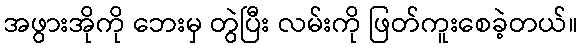
အဖွားအိုကို ဘေးမှ တွဲပြီး လမ်းကို ဖြတ်ကူးစေခဲ့တယ်။